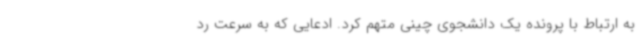
به ارتباط با پرونده یک دانشجوی چینی متهم کرد. ادعایی که به سرعت رد